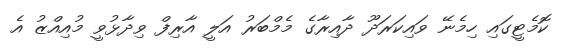
ކޮމެޓީގައި ހިމެނޭ ވައިކަރަދޫ ދާއިރާގެ މެމްބަރު އަލީ އާރިފް ވިދާޅުވީ މުއިއްޒު އެ